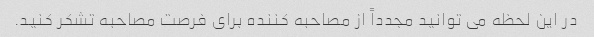
در این لحظه می توانید مجدداً از مصاحبه کننده برای فرصت مصاحبه تشکر کنید.